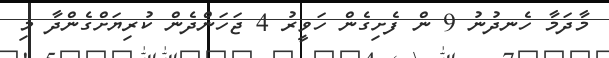
މާދަމާ ހެނދުނު 9 ން ފެށިގެން ހަވީރު 4 ޖަހަންދެން ކުރިޔަށްގެންދާ މި